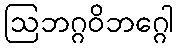
ဩဘဂ္ဂဝိဘဂ္ဂေါ